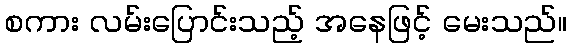
စကား လမ်းပြောင်းသည့် အနေဖြင့် မေးသည်။